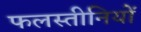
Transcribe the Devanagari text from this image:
फलस्तीनियों